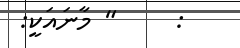
:     " މާނައަކީ: